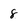
Character: 8